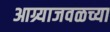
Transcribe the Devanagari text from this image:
आग्र्याजवळच्या